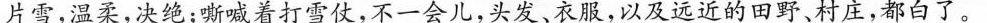
片雪，温梁，决绝；嘶喊着打雪仗，不一会儿，头发、衣服，以及远近的田野。村庄，都白了。